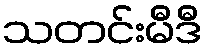
သတင်းမီဒီ